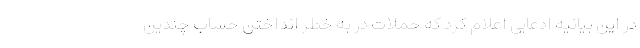
در این بیانیه ادعایی اعلام کرد که حملات در به خطر انداختن حساب چندین